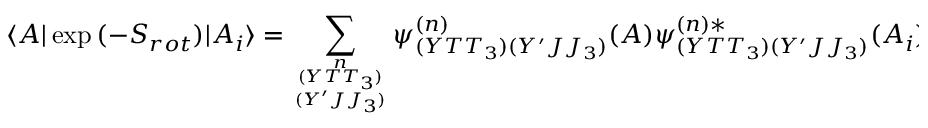
\langle A | \exp { ( - S _ { r o t } ) } | A _ { i } \rangle = \sum _ { { n \atop ( Y T T _ { 3 } ) } \atop ( Y ^ { \prime } J J _ { 3 } ) } \psi _ { ( Y T T _ { 3 } ) ( Y ^ { \prime } J J _ { 3 } ) } ^ { ( n ) } ( A ) \psi _ { ( Y T T _ { 3 } ) ( Y ^ { \prime } J J _ { 3 } ) } ^ { ( n ) * } ( A _ { i } ) \exp { \left( - \frac { J ( J + 1 ) } { 2 I } \mathrm { T } \right) } ,